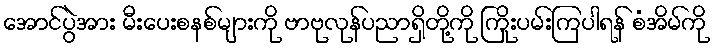
အောင်ပွဲအား မီးပေးစနစ်များကို ဗာဗုလုန်ပညာရှိတို့ကို ကြိုးပမ်းကြပါရန် စံအိမ်ကို